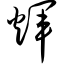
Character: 辉